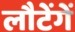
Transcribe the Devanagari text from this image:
लौटेंगें